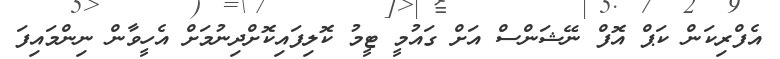
އެފްރިކަން ކަޕް އޮފް ނޭޝަންސް އަށް ގައުމީ ޓީމު ކޮލިފައިކޮށްދިނުމަށް އެހީވާން ނިންމައިފަ